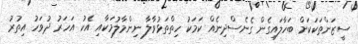
ސީޒަންތަކަކަށް ބަހާލައިގެން ގެނެސްދިނެއް ކަމަކު ހިތްތަޅުވާލާ ނިންމާލުމަކާއި އެކު އަހަރު ދުވަހު އިތުރު